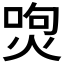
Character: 𤉵